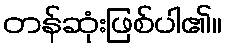
တန်ဆုံးဖြစ်ပါ၏။